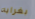
بغرابه